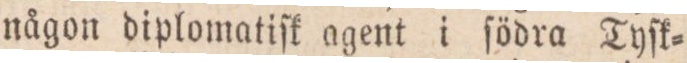
någon diplomatiſk agent i ſödra Tyſk=